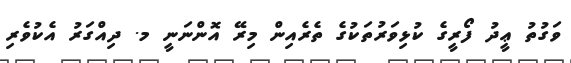
ވަގުތު ޢީދު ފޯރީގެ ކުޅިވަރުތަކުގެ ތެރެއިން މިރޭ އޮންނަނީ މ. ދިއްގަރު އެކުވެރި